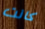
كانت